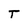
Character: T